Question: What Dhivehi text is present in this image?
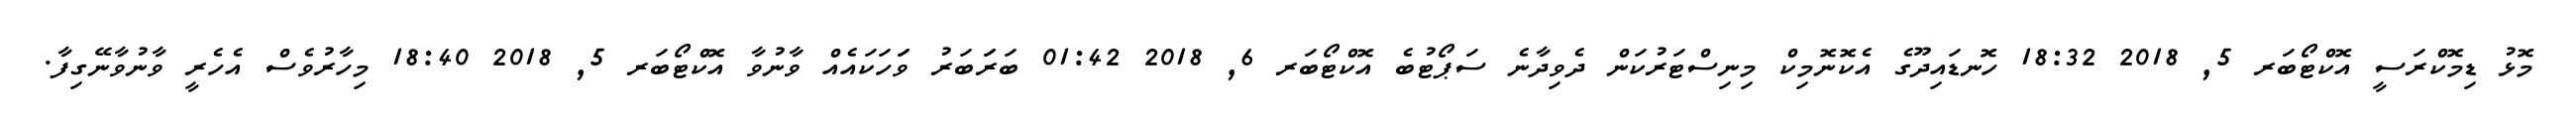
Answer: މޮޅު ޑިމޮކްރަސީ އޮކްޓޯބަރ 5, 2018 18:32 ހޮނޑައިދޫގެ އެކޮނޮމިކް މިނިސްޓަރުކަން ދެވިދާނެ ސަޕޯޓުބެ އޮކްޓޯބަރ 6, 2018 01:42 ބަރަަބަރު ވަަހަކައެއް ވާނުވާ އޮކްޓޯބަރ 5, 2018 18:40 މިހާރުވެސް އެހެރީ ވާނުވާނޭގިފާ.